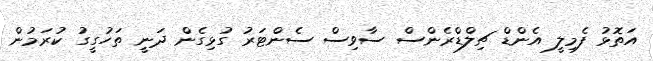
އަތޮޅު ފެމިލީ އެންޑް ޗިލްޑްރެންސް ސާވިސް ސެންޓަރު ގުޅިގެން ދަނީ ތަހުގީގު ކުރަމުން